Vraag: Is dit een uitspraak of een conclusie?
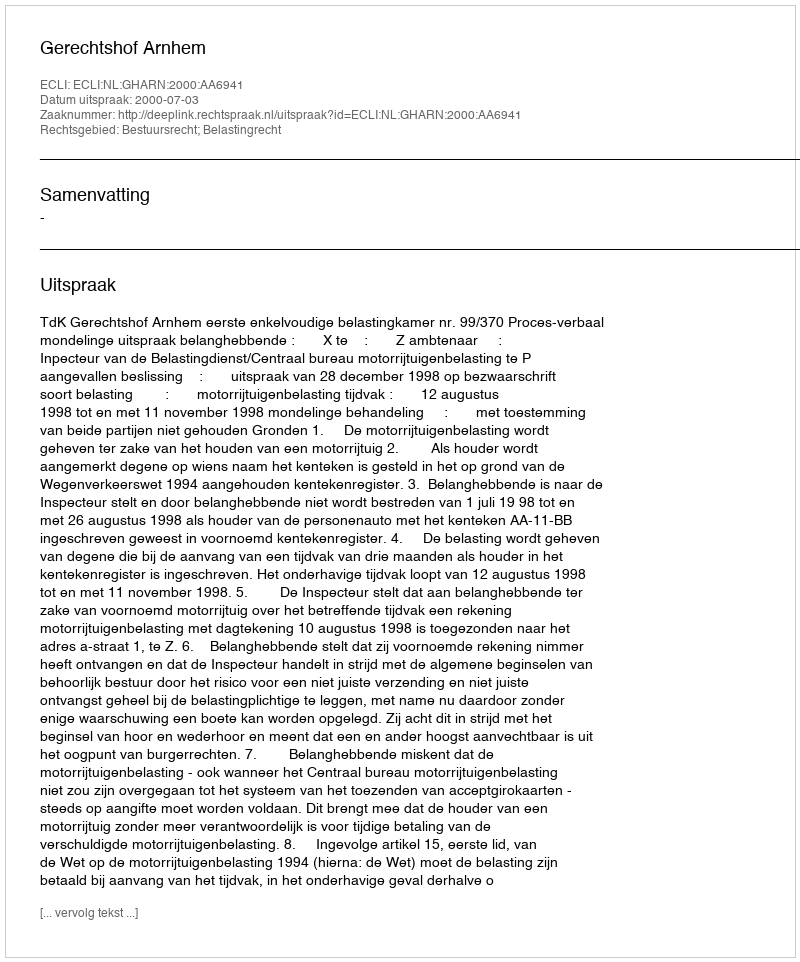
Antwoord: Uitspraak